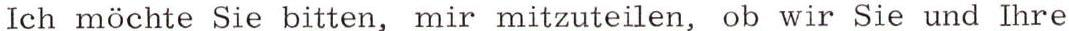
Ich möchte Sie bitten, mir mitzuteilen, ob wir Sie und Ihre